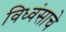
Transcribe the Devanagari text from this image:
विध्वंसाचे